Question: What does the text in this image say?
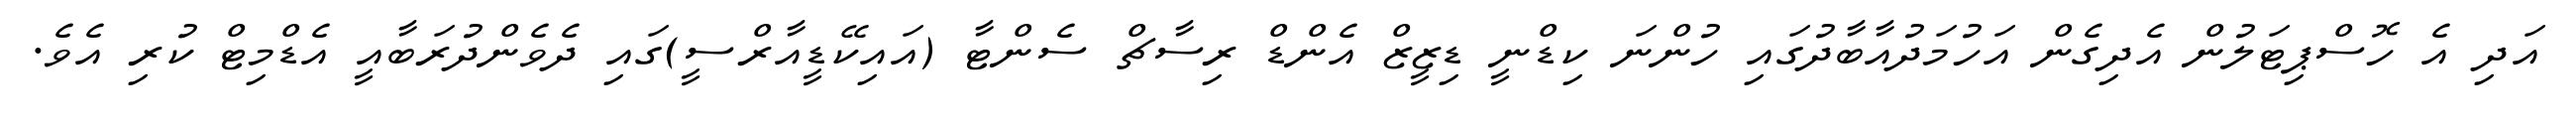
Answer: އަދި އެ ހޮސްޕިޓަލުން އެދިގެން އަހުމަދުއާބާދުގައި ހުންނަ ކިޑްނީ ޑިޒީޒް އެންޑް ރިސާޗް ސެންޓާ (އައިކޭޑީއާރްސީ)ގައި ދެވެންދުރަބާއީ އެޑްމިޓް ކުރި އެވެ.